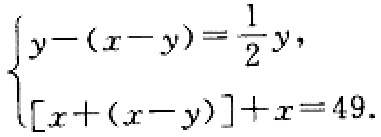
$\begin{cases}y-(x - y)=\frac{1}{2}y,\\[x+(x - y)]+x = 49.\end{cases}$